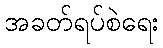
အခတ်ရပ်စဲရေး